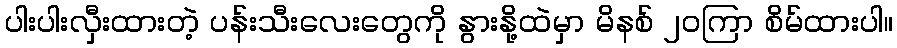
ပါးပါးလှီးထားတဲ့ ပန်းသီးလေးတွေကို နွားနို့ထဲမှာ မိနစ် ၂၀ကြာ စိမ်ထားပါ။